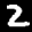
Label: 2